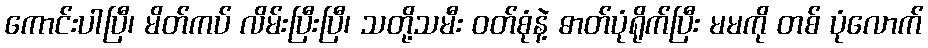
ကောင်းပါပြီ၊ မိတ်ကပ် လိမ်းပြီးပြီ၊ သတို့သမီး ဝတ်စုံနဲ့ ဓာတ်ပုံရိုက်ပြီး မမကို တစ် ပုံလောက်